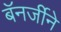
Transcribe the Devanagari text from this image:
बॅनर्जीने